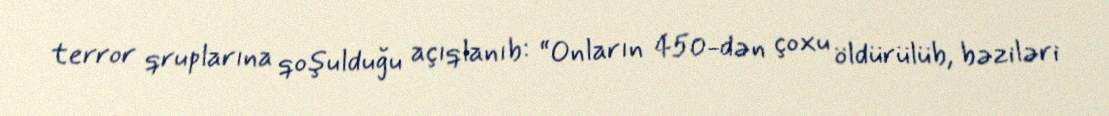
terror qruplarına qoşulduğu açıqlanıb: “Onların 450-dən çoxu öldürülüb, bəziləri